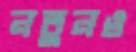
নতুনও